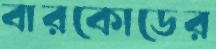
বারকোডের